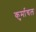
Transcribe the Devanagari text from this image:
कुर्माचल